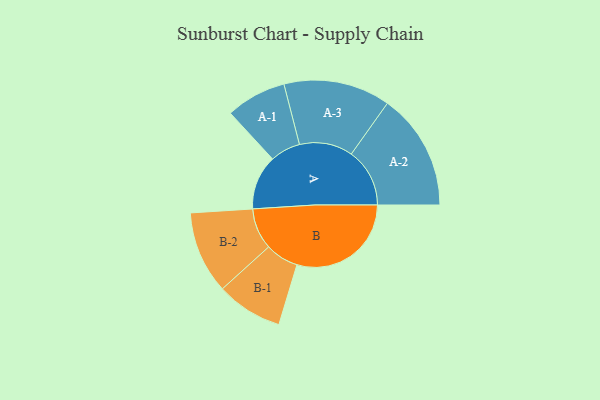
{"axis": {"x": "Segment", "y": "Value"}, "legend": ["", "A", "B"], "data": [{"x": "A", "y": 238, "type": ""}, {"x": "B", "y": 499, "type": ""}, {"x": "A-1", "y": 132, "type": "A"}, {"x": "A-2", "y": 255, "type": "A"}, {"x": "A-3", "y": 233, "type": "A"}, {"x": "B-1", "y": 145, "type": "B"}, {"x": "B-2", "y": 180, "type": "B"}]}